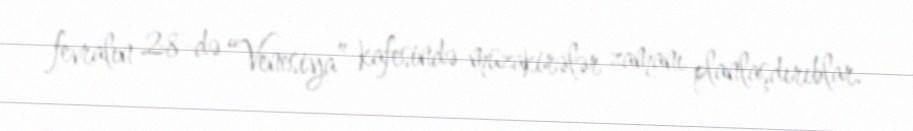
fevralın 28-də “Venesiya” kafesində müzakirələr zamanı planlaşdırıblar.